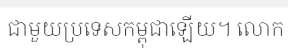
ជាមួយប្រទេសកម្ពុជាឡើយ។ លោក